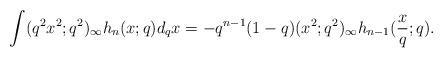
LaTeX: \begin{align*} \int (q^2x^2;q^2)_\infty h_n(x;q) d_qx = -q^{n-1}(1-q)(x^2;q^2)_\infty h_{n-1}(\frac{x}{q};q) .\end{align*}